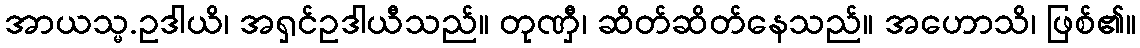
အာယသ္မ.ဥဒါယိ၊ အရှင်ဥဒါယီသည်။ တုဏှီ၊ ဆိတ်ဆိတ်နေသည်။ အဟောသိ၊ ဖြစ်၏။